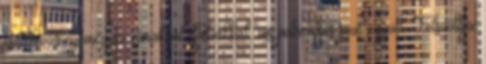
és Pozsony megyei várakkal, falvakkal, ius patronaus-szal együtt. Felszólítja